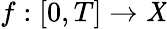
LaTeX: f:[0,T]\to\mathit{X}